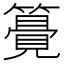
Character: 𥵒